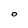
Character: O